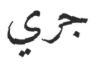
جري